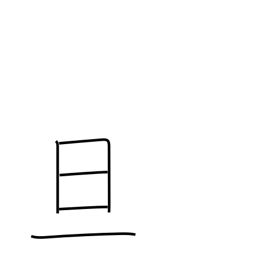
Meaning: dawn